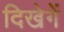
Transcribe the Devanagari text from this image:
दिखेगें